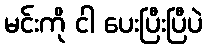
မင်းကို ငါ ပေးပြီးပြီပဲ